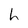
Character: h